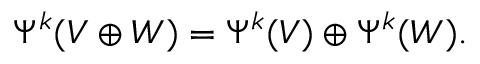
\Psi ^ { k } ( V \oplus W ) = \Psi ^ { k } ( V ) \oplus \Psi ^ { k } ( W ) .